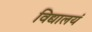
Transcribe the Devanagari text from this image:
विद्यालयं